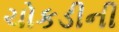
ચોકડીની